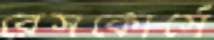
রেসকোর্সে